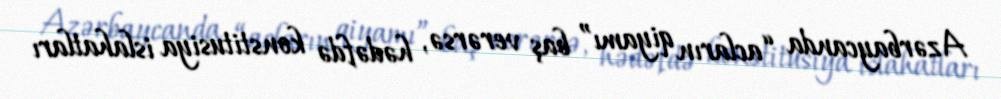
Azərbaycanda “acların qiyamı” baş verərsə, hədəfdə konstitusiya islahatları